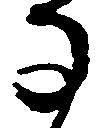
な